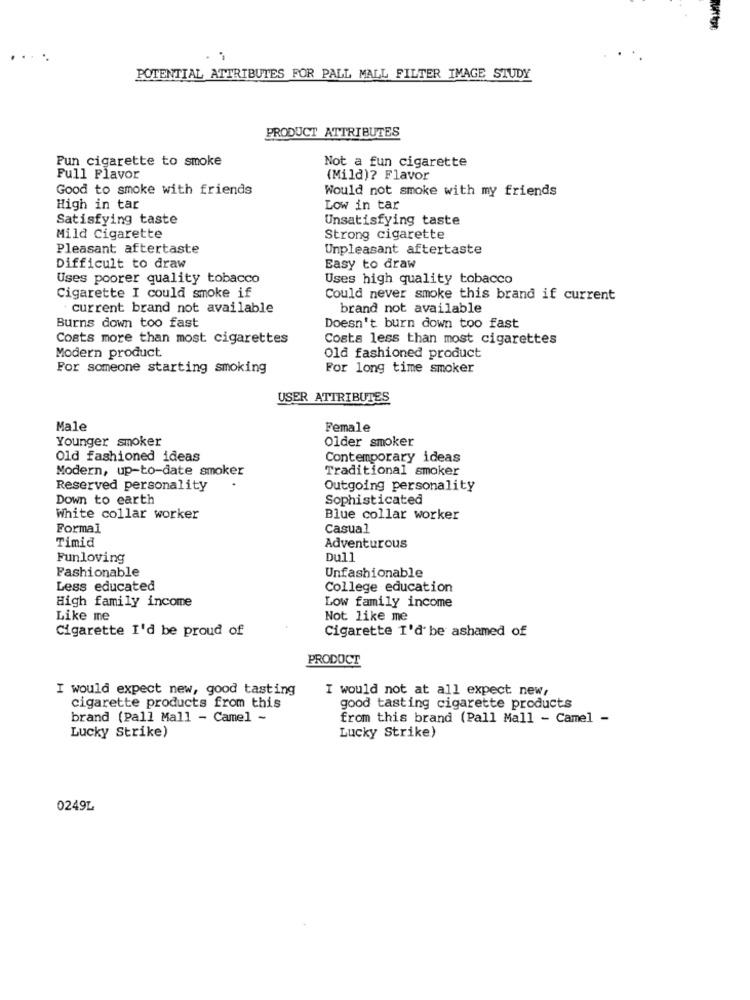
POTENTIAL ATTRIBUTES FOR PALL MALL FILTER IMAGE STUDY
PRODUCT ATTRIBUTES
Pun cigarette to smoke
Not a fun cigarette
Full Flavor
(Mild)? Flavor
Good to smoke with friends
Would not smoke with my friends
High in tar
Low in tar
Satisfying taste
Unsatisfying taste
Mild Cigarette
Strong cigarette
Pleasant aftertaste
Unpleasant aftertaste
Difficult to draw
Easy to draw
Uses poorer quality tobacco
Uses high quality tobacco
Cigarette I could smoke if
Could never smoke this brand if current
current brand not available
brand not available
Burns down too fast
Doesn't burn down too fast
Costs more than most cigarettes
Costs less than most cigarettes
Modern product
Old fashioned product
For someone starting smoking
For long time smoker
USER ATTRIBUTES
Male
Female
Younger smoker
Older smoker
Old fashioned ideas
Contemporary ideas
Modern, up-to-date smoker
Traditional smoker
Reserved personality
Outgoing personality
Down to earth
Sophisticated
White collar worker
Blue collar worker
Formal
Casual
Timid
Adventurous
Funloving
Dull
Fashionable
Unfashionable
Less educated
College education
High family income
Low family income
Like me
Not like me
Cigarette I'd be proud of
Cigarette I'd be ashamed of
PRODUCT
I would expect new, good tasting
I would not at all expect new,
cigarette products from this
good tasting cigarette products
brand (Pall Mall - Camel ~
from this brand (Pall Mall - Camel -
Lucky Strike)
Lucky Strike)
0249L